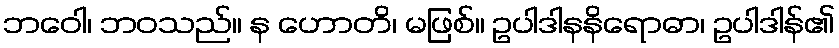
ဘဝေါ၊ ဘဝသည်။ န ဟောတိ၊ မဖြစ်။ ဥပါဒါနနိရောဓာ၊ ဥပါဒါန်၏